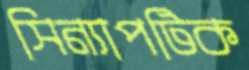
সিন্যাপটিক